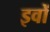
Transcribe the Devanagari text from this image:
इवों